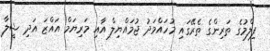
ފިލްމުގެ ތަރިންގެ ތެރޭގައި މުހައްމަދު ޖުމައްޔިލް އާއި މަރިޔަމް އައްޒަ އަދި ޝީލާ